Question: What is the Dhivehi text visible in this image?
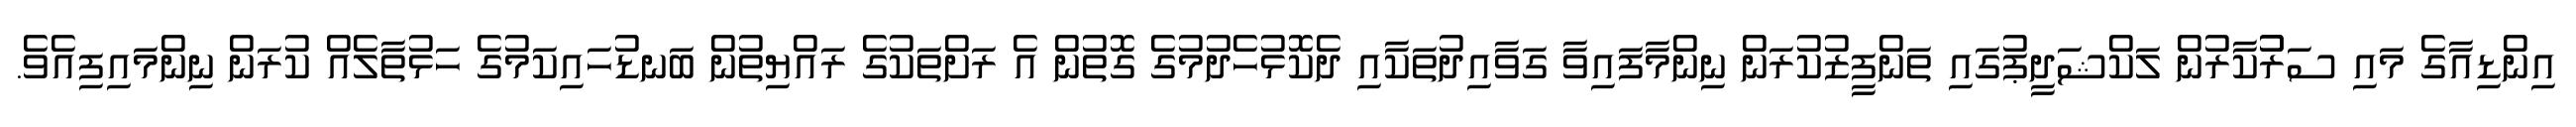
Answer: އިންޑިއާގެ މައި ސަރުުކާރުން ލަކްޝަދީޕުގައި ތަންފީޒުކުރަން ނިންމާފައިވާ ގަވާއިދުތަކާއި ދެކޮޅުހެދުމުގެ ގޮތުން އެ ރަށްތަކުގެ ރައްޔިތުން ބަނޑުހައިކަމުގެ ހަޅުތާލެއް ކުރަން ނިންމައިފިއެވެ.